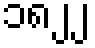
၁၈၂၂